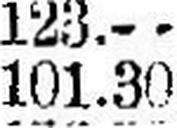
101.30